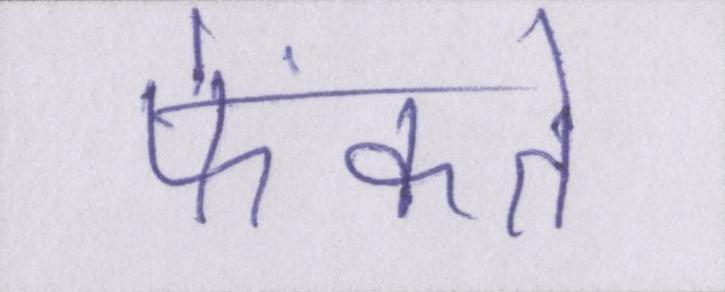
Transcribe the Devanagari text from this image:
फेंकते